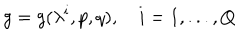
LaTeX: g = g ( \lambda ^ { i } , p , q ) , i = 1 , . . . , Q